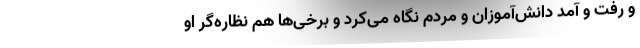
و رفت و آمد دانش‌آموزان و مردم نگاه می‌کرد و برخی‌ها هم نظاره‌گر او